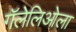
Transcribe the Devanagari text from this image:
गॅलेलिओला